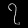
Digit: ၇